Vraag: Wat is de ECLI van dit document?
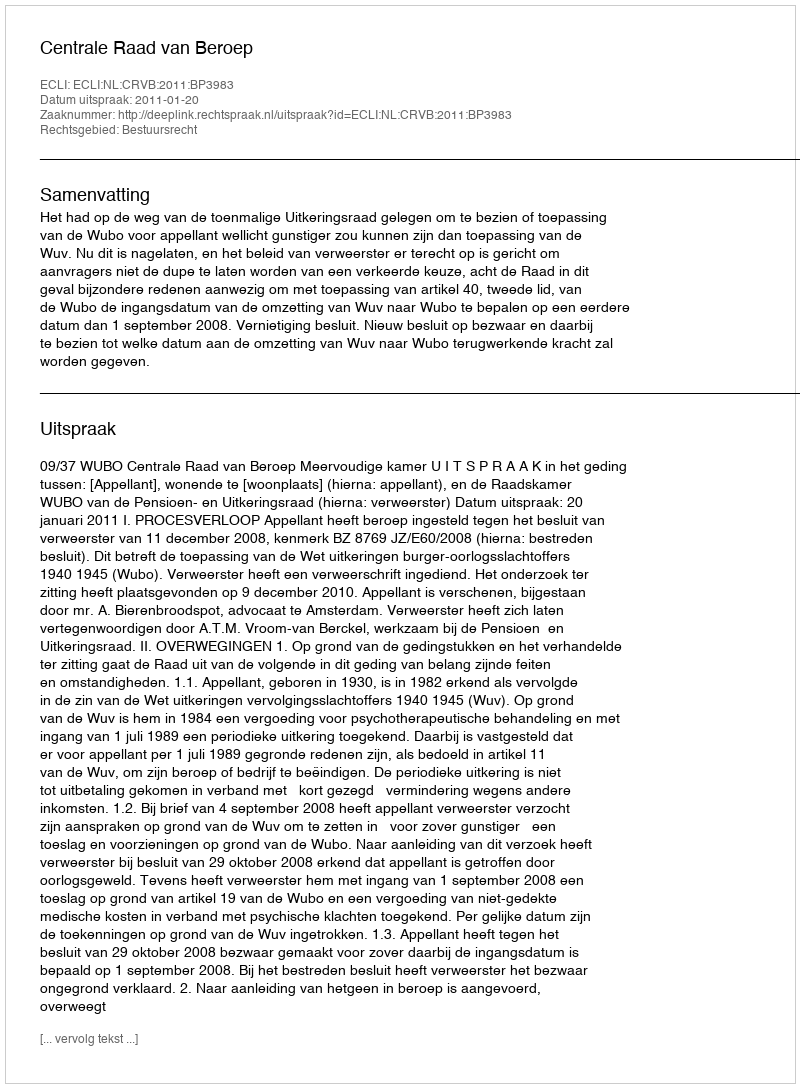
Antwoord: ECLI:NL:CRVB:2011:BP3983